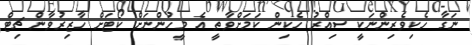
ނަގާ ހެކިވެރިންނަކީ ސިއްރު ހެކިން ކަމަށްވާތީ އެ މީހުންނަށް ކޯޓަށް ހާޒިރުވާން ޗިޓް